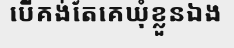
បើគង់តែគេឃុំខ្លួនឯង